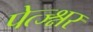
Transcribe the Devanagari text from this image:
पेत्ज्श्नर